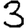
Digit: 3